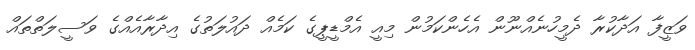
ވަޒީފާ އަދާކުރާ ދެމީހުނެއްނޫން އެހެންކަމުން މިއީ އެމްޑީޕީގެ ކަމެއް ދައުލަތުގެ އިދާރާއެއްގެ ވަސީލަތްތައް